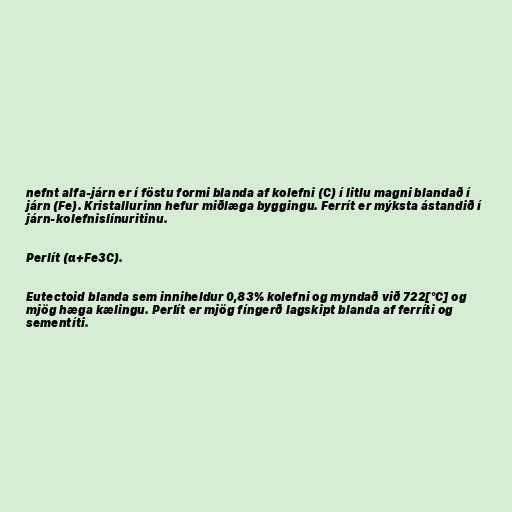
nefnt alfa-járn er í föstu formi blanda af kolefni (C) í litlu magni blandað í
járn (Fe). Kristallurinn hefur miðlæga byggingu. Ferrít er mýksta ástandið í
járn-kolefnislínuritinu.

Perlít (α+Fe3C).

Eutectoid blanda sem inniheldur 0,83% kolefni og myndað við 722[°C] og
mjög hæga kælingu. Perlít er mjög fíngerð lagskipt blanda af ferríti og
sementíti.